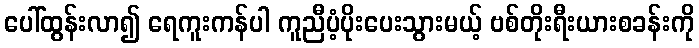
ပေါ်ထွန်းလာ၍ ရေကူးကန်ပါ ကူညီပံ့ပိုးပေးသွားမယ့် ဗစ်တိုးရီးယားစခန်းကို